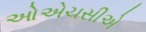
ઓએચસીએ